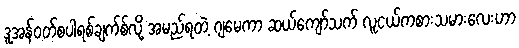
ဒူအန်ဝတ်စပါရစ်ချက်စ်လို့ အမည်ရတဲ့ ဂျမေကာ ဆယ်ကျော်သက် လူငယ်ကစားသမားလေးဟာ